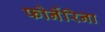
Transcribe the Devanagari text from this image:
फोर्नेरिना